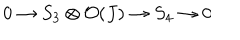
LaTeX: 0 \rightarrow S _ { 3 } \otimes { \cal O } ( J ) \rightarrow S _ { 4 } \rightarrow 0